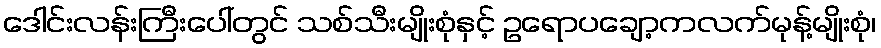
ဒေါင်းလန်းကြီးပေါ်တွင် သစ်သီးမျိုးစုံနှင့် ဥရောပချော့ကလက်မုန့်မျိုးစုံ၊